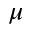
\mu